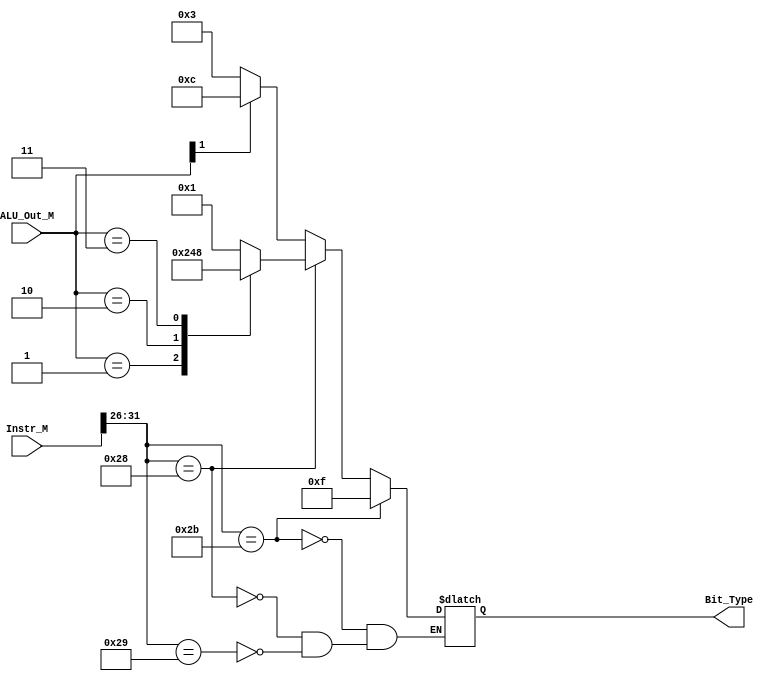
`timescale 1ns / 1ps
//////////////////////////////////////////////////////////////////////////////////
// Company: 
// Engineer: 
// 
// Design Name: 
// Module Name:    btdecoder 
// Project Name: 
// Target Devices: 
// Tool versions: 
// Description: 
//
// Dependencies: 
//
// Revision: 
// Revision 0.01 - File Created
// Additional Comments: 
//
//////////////////////////////////////////////////////////////////////////////////
module btdecoder(
    input [1:0] ALU_Out_M,
    input [31:0] Instr_M,
    output reg [3:0] Bit_Type
    );
	 
	 wire [31:0] Op, Func;
	 
	 assign Op  = Instr_M[31:26];
	 
	 always @(*) begin
	  if(Op == 6'b101001)	// SH
	     if(ALU_Out_M[1]) 
			  Bit_Type = 4'b1100;
		   else 
			  Bit_Type = 4'b0011;
	  if(Op == 6'b101000)	//SB
	      case(ALU_Out_M)
			   2'b00 :  Bit_Type = 4'b0001;
				2'b01 :  Bit_Type = 4'b0010;
				2'b10 :  Bit_Type = 4'b0100;
				2'b11 :  Bit_Type = 4'b1000;
			endcase
	  if(Op == 6'b101011)	//SW
	        Bit_Type=4'b1111;
    end
endmodule